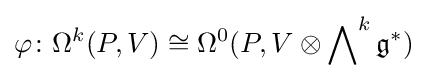
\varphi \colon \Omega ^{k}(P,V)\cong \Omega ^{0}(P,V\otimes \bigwedge \nolimits ^{k}{\mathfrak {g}}^{*})